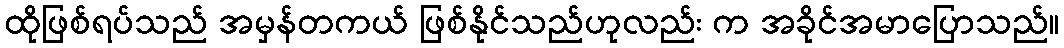
ထိုဖြစ်ရပ်သည် အမှန်တကယ် ဖြစ်နိုင်သည်ဟုလည်း က အခိုင်အမာပြောသည်။